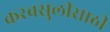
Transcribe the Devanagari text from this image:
करवसुलीसाठी